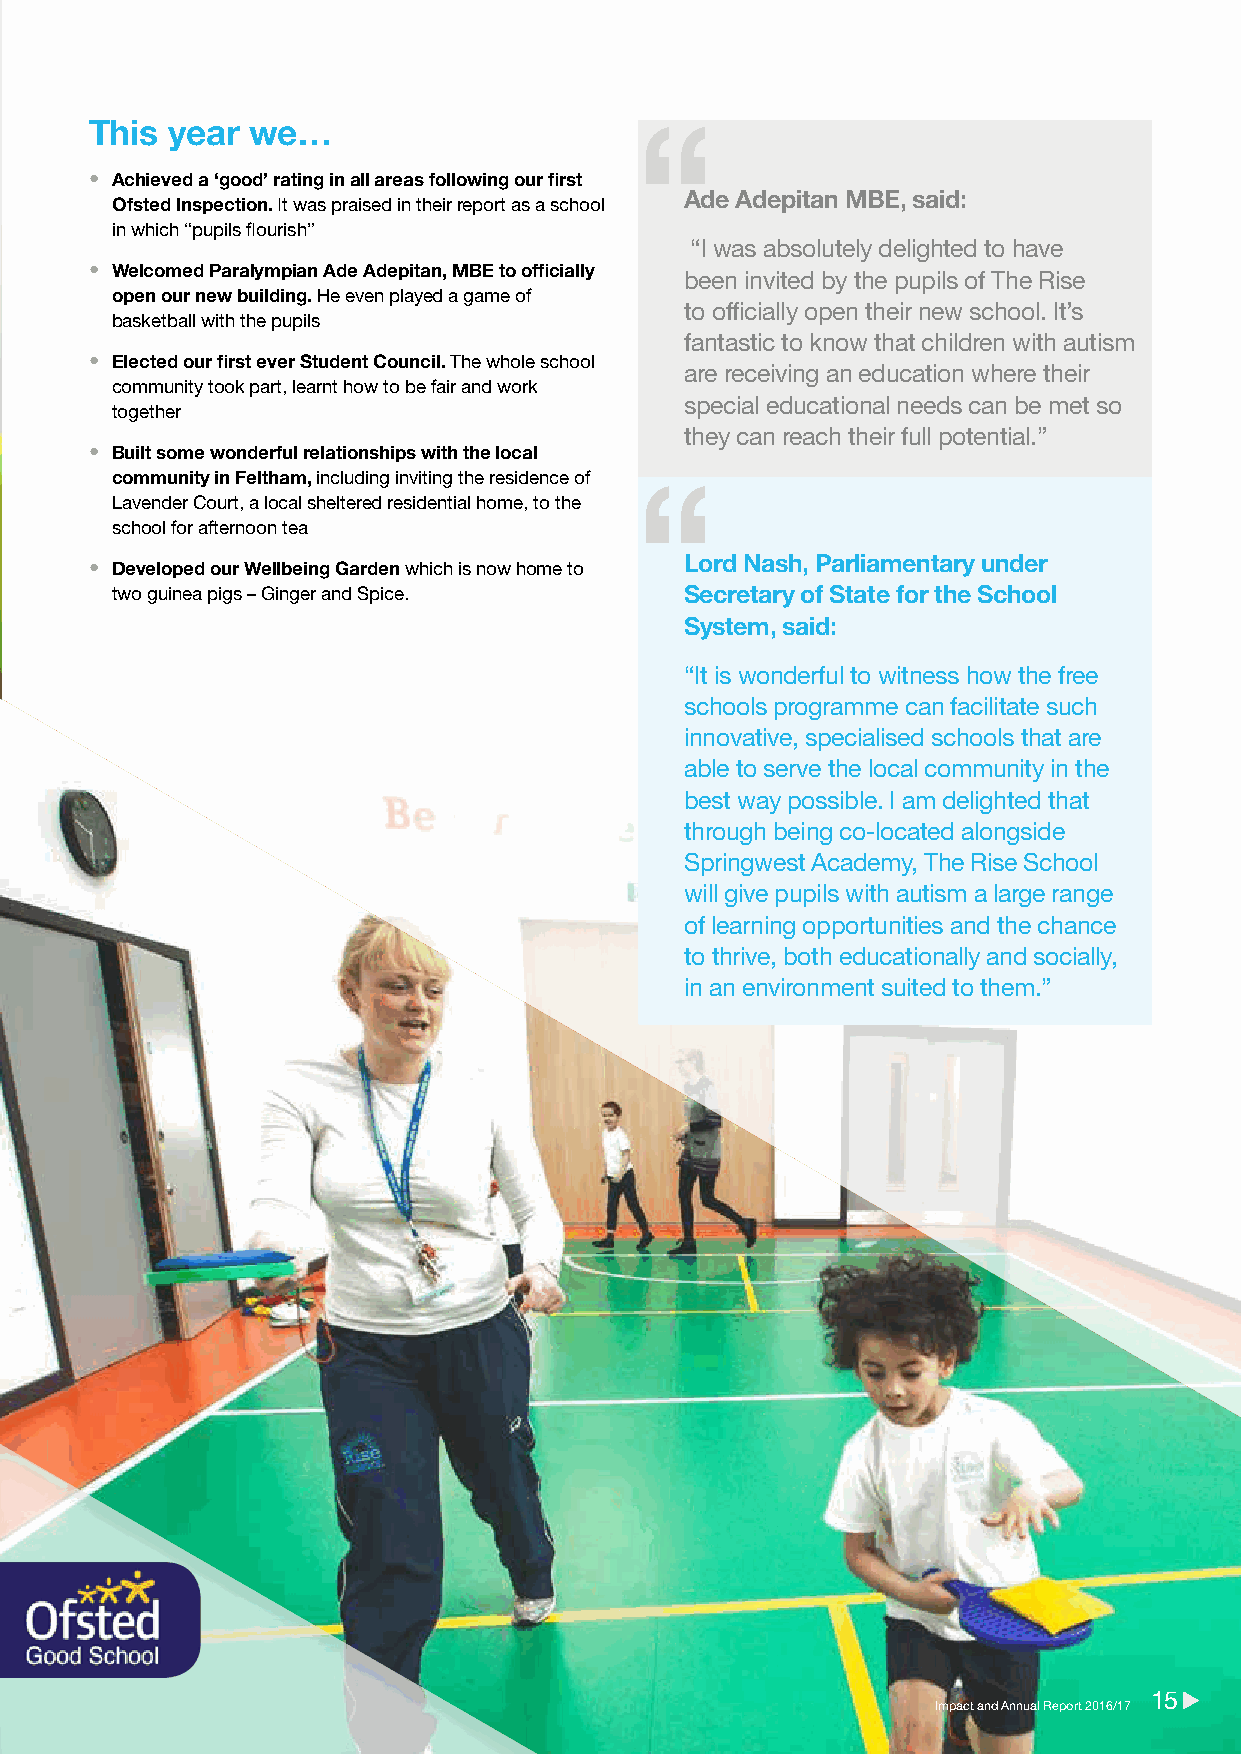
This year we…
 • Achieved a ‘good’ rating in all areas following our first
 Ade Adepitan MBE, said:
 Ofsted Inspection. It was praised in their report as a school
 in which “pupils flourish”
 “I was absolutely delighted to have
 • Welcomed Paralympian Ade Adepitan, MBE to officially
 been invited by the pupils of The Rise
 open our new building. He even played a game of
 to officially open their new school. It’s
 basketball with the pupils
 fantastic to know that children with autism
 • Elected our first ever Student Council. The whole school
 are receiving an education where their
 community took part, learnt how to be fair and work
 special educational needs can be met so
 together
 they can reach their full potential.”
 • Built some wonderful relationships with the local
 community in Feltham, including inviting the residence of
 Lavender Court, a local sheltered residential home, to the
 school for afternoon tea
 • Developed our Wellbeing Garden which is now home to Lord Nash, Parliamentary under
 two guinea pigs – Ginger and Spice.   Secretary of State for the School
 System, said:
 “It is wonderful to witness how the free
 schools programme can facilitate such
 innovative, specialised schools that are
 able to serve the local community in the
 best way possible. I am delighted that
 through being co-located alongside
 Springwest Academy, The Rise School
 will give pupils with autism a large range
 of learning opportunities and the chance
 to thrive, both educationally and socially,
 in an environment suited to them.”
 1155
 IImmppaacctt aanndd AAnnnnuuaall RReeppoorrtt 22001166//1177